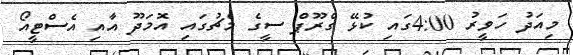
މިއަދު ހަވީރު 4:00ގައި ކުޅޭ ގްރޫޕް ސީގެ މެޗުގައި އޮމަދޫ އާއި އެސްޓީއޯ